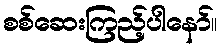
စစ်ဆေးကြည့်ပါနော်။